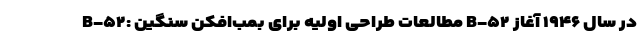
B-۵۲: مطالعات طراحی اولیه برای بمب‌افکن سنگین B-۵۲ در سال ۱۹۴۶ آغاز